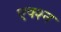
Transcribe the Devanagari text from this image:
एक्श्‍न